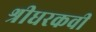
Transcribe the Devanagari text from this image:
श्रीधरकवी